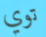
توي